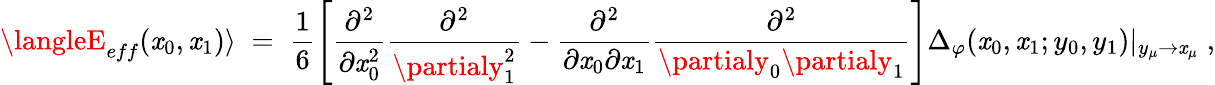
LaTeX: \langleE_{eff}(\mathit{x}_{0},\mathit{x}_{1})\rangle\; =\; \frac{{1}}{{6}}\left[\frac{{\partial^{2}}}{{\partial\mathit{x}_{0}^{2}}}\frac{{\partial^{2}}}{{\partialy_{1}^{2}}}-\frac{{\partial^{2}}}{{\partial\mathit{x}_{0}\partial\mathit{x}_{1}}}\frac{{\partial^{2}}}{{\partialy_{0}\partialy_{1}}}\right]\Delta_{\varphi}(\mathit{x}_{0},\mathit{x}_{1};y_{0},y_{1})|_{y_{\mu}\to\mathit{x}_{\mu}}\; ,